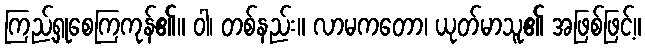
ကြည့်ရှုစေကြကုန်၏။ ဝါ၊ တစ်နည်း။ လာမကတော၊ ယုတ်မာသူ၏ အဖြစ်ဖြင့်။